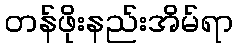
တန်ဖိုးနည်းအိမ်ရာ